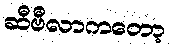
ဆီဗီလာကတော့